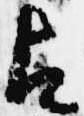
占